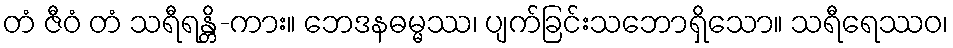
တံ ဇီဝံ တံ သရီရန္တိ-ကား။ ဘေဒနဓမ္မဿ၊ ပျက်ခြင်းသဘောရှိသော။ သရီရေဿဝ၊